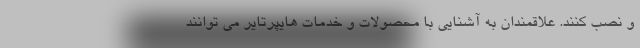
و نصب کنند. علاقمندان به آشنایی با محصولات و خدمات هایپرتایر می توانند